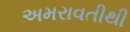
અમરાવતીથી